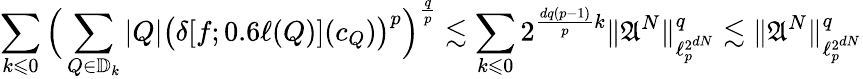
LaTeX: {\sum_{k\leqslant 0}\Big(\sum_{Q\in\mathbb{D}_{k}}|Q|\big(\delta[f;0.6\ell(Q)](c_{Q})\big)^{p}\Big)^{\frac{q}{p}}\lesssim\sum_{k\leqslant 0}2^{\frac{dq(p-1)}{p}k}\| \mathfrak{A}^{N}\| _{\ell_{p}^{2^{dN}}}^{q}\lesssim\| \mathfrak{A}^{N}\| _{\ell_{p}^{2^{dN}}}^{q}}